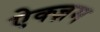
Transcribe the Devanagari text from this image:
ऐक्ज़म